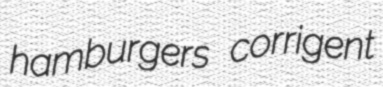
hamburgers corrigent